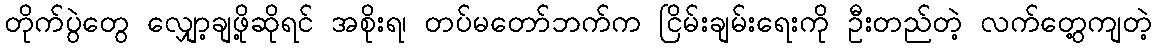
တိုက်ပွဲတွေ လျှော့ချဖို့ဆိုရင် အစိုးရ၊ တပ်မတော်ဘက်က ငြိမ်းချမ်းရေးကို ဦးတည်တဲ့ လက်တွေ့ကျတဲ့